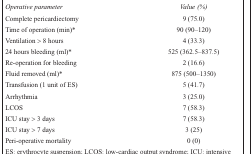
| Operative parameter | Value (%) |
 | --- | --- |
 | Complete pericardiectomy | 9 (75.0) |
 | Time of operation (min)* | 90 (90–120) |
 | Ventilation > 8 hours | 4 (33.3) |
 | 24 hours bleeding (ml)* | 525 (362.5–837.5) |
 | Re-operation for bleeding | 2 (16.6) |
 | Fluid removed (ml)* | 875 (500–1350) |
 | Transfusion (1 unit of ES) | 5 (41.7) |
 | Arrhythmia | 3 (25.0) |
 | LCOS | 7 (58.3) |
 | ICU stay > 3 days | 7 (58.3) |
 | ICU stay > 7 days | 3 (25) |
 | Peri-operative mortality | 0 (0) |